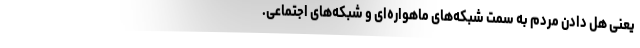
یعنی هل دادن مردم به سمت شبکه‌‌های ماهواره‌‌ای و شبکه‌های اجتماعی.